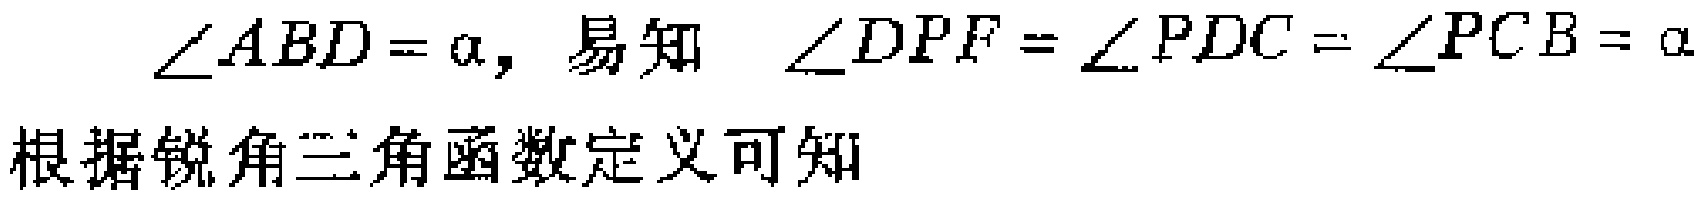
\(\angle ABD=\alpha ,易知 \ \angle DPF=\angle PDC=\angle PCB=\alpha\)

根据锐角三角函数定义可知